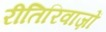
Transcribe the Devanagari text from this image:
रीतिरिवाज़ों